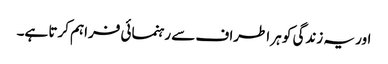
اور یہ زندگی کو ہر اطراف سے رہنمائی فراہم کرتا ہے۔